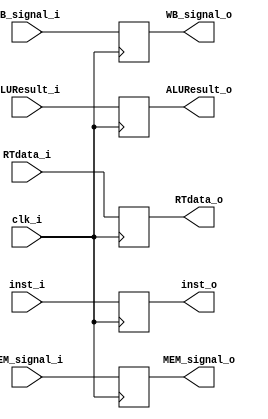
module EX_MEM_Reg(
    clk_i,
    inst_i,
    MEM_signal_i,
    WB_signal_i,
    ALUResult_i,
    RTdata_i,
    inst_o,
    MEM_signal_o,
    WB_signal_o,
    ALUResult_o,
    RTdata_o,
);

input           clk_i;
input   [31:0]  inst_i;
input   [2:0]   MEM_signal_i;
input   [1:0]   WB_signal_i;
input   [31:0]  ALUResult_i;
input   [31:0]  RTdata_i;
output  reg     [31:0]  inst_o;
output  reg     [2:0]   MEM_signal_o;
output  reg     [1:0]   WB_signal_o;
output  reg     [31:0]  ALUResult_o;
output  reg     [31:0]  RTdata_o;


always@(posedge clk_i) begin
    inst_o <= inst_i;
    MEM_signal_o <= MEM_signal_i;
    WB_signal_o <= WB_signal_i;
    ALUResult_o <= ALUResult_i;
    RTdata_o <= RTdata_i;
end

endmodule